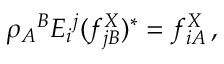
\rho _ { A } { } ^ { B } E _ { i } { } ^ { j } ( f _ { j B } ^ { X } ) ^ { * } = f _ { i A } ^ { X } \, ,